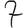
Digit: 7